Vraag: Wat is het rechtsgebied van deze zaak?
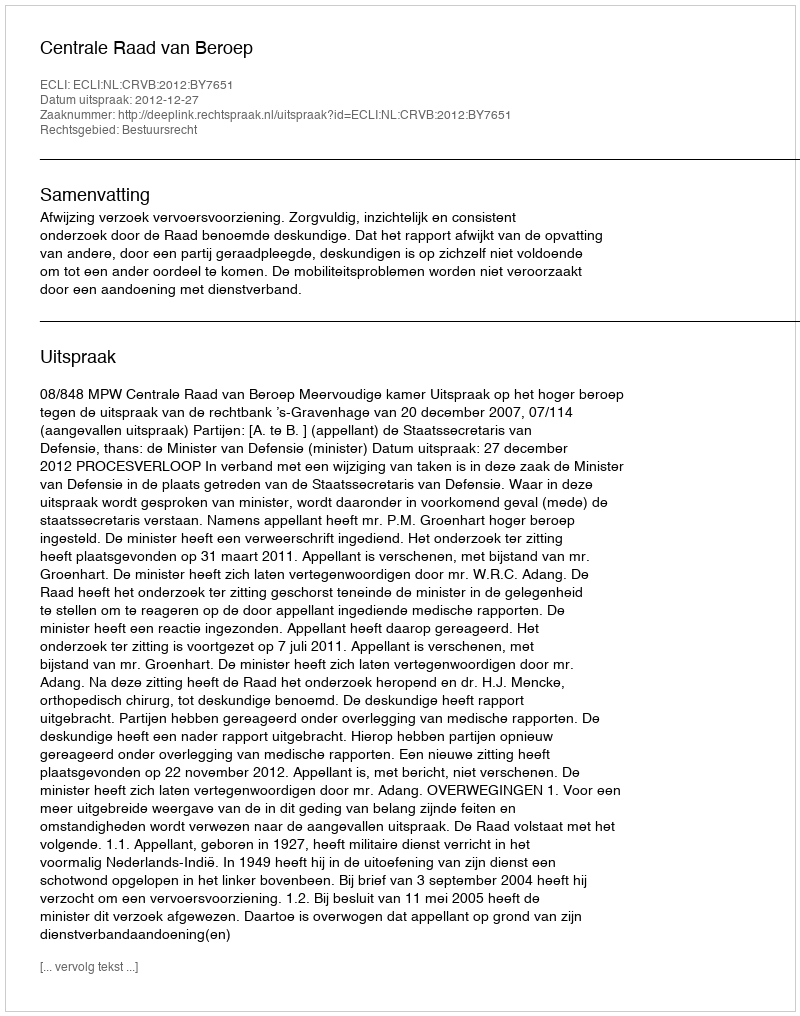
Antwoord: Bestuursrecht